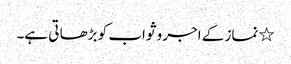
٭ نماز کے اجر و ثواب کو بڑھا تی ہے۔